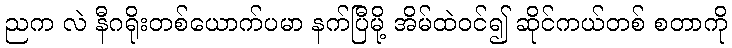
ညက လဲ နီဂရိုးတစ်ယောက်ပမာ နက်ပြီမို့ အိမ်ထဲဝင်၍ ဆိုင်ကယ်တစ် စတာကို